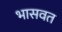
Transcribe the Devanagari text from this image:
भासवत